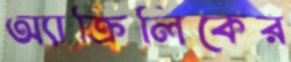
অ্যাক্রিলিকের